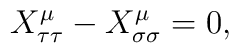
X_{\tau \tau }^\mu -X_{\sigma \sigma }^\mu =0,